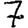
Digit: 7